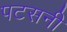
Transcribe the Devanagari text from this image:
पटसनी